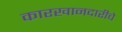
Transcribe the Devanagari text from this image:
कारखानदारीचे